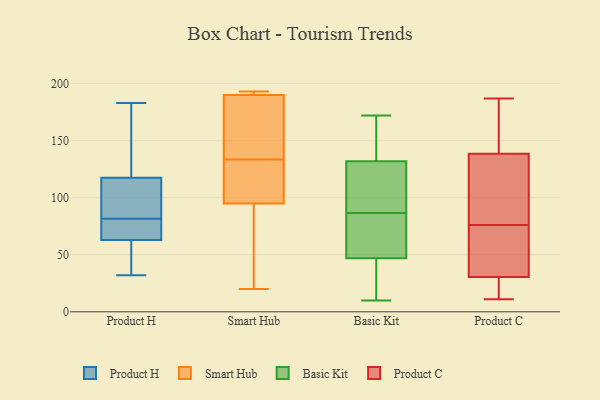
{"axis": {"x": "Active Users", "y": "Value"}, "legend": ["Basic Kit", "Product C", "Product H", "Smart Hub"], "data": [{"x": "", "y": 60, "type": "Product H"}, {"x": "", "y": 170, "type": "Product H"}, {"x": "", "y": 99, "type": "Product H"}, {"x": "", "y": 79, "type": "Product H"}, {"x": "", "y": 73, "type": "Product H"}, {"x": "", "y": 66, "type": "Product H"}, {"x": "", "y": 58, "type": "Product H"}, {"x": "", "y": 183, "type": "Product H"}, {"x": "", "y": 113, "type": "Product H"}, {"x": "", "y": 84, "type": "Product H"}, {"x": "", "y": 122, "type": "Product H"}, {"x": "", "y": 32, "type": "Product H"}, {"x": "", "y": 95, "type": "Smart Hub"}, {"x": "", "y": 126, "type": "Smart Hub"}, {"x": "", "y": 193, "type": "Smart Hub"}, {"x": "", "y": 193, "type": "Smart Hub"}, {"x": "", "y": 153, "type": "Smart Hub"}, {"x": "", "y": 190, "type": "Smart Hub"}, {"x": "", "y": 141, "type": "Smart Hub"}, {"x": "", "y": 20, "type": "Smart Hub"}, {"x": "", "y": 118, "type": "Smart Hub"}, {"x": "", "y": 159, "type": "Smart Hub"}, {"x": "", "y": 98, "type": "Smart Hub"}, {"x": "", "y": 191, "type": "Smart Hub"}, {"x": "", "y": 89, "type": "Smart Hub"}, {"x": "", "y": 89, "type": "Smart Hub"}, {"x": "", "y": 76, "type": "Basic Kit"}, {"x": "", "y": 81, "type": "Basic Kit"}, {"x": "", "y": 54, "type": "Basic Kit"}, {"x": "", "y": 26, "type": "Basic Kit"}, {"x": "", "y": 117, "type": "Basic Kit"}, {"x": "", "y": 10, "type": "Basic Kit"}, {"x": "", "y": 43, "type": "Basic Kit"}, {"x": "", "y": 92, "type": "Basic Kit"}, {"x": "", "y": 94, "type": "Basic Kit"}, {"x": "", "y": 132, "type": "Basic Kit"}, {"x": "", "y": 172, "type": "Basic Kit"}, {"x": "", "y": 158, "type": "Basic Kit"}, {"x": "", "y": 47, "type": "Basic Kit"}, {"x": "", "y": 143, "type": "Basic Kit"}, {"x": "", "y": 50, "type": "Product C"}, {"x": "", "y": 23, "type": "Product C"}, {"x": "", "y": 142, "type": "Product C"}, {"x": "", "y": 152, "type": "Product C"}, {"x": "", "y": 32, "type": "Product C"}, {"x": "", "y": 11, "type": "Product C"}, {"x": "", "y": 76, "type": "Product C"}, {"x": "", "y": 112, "type": "Product C"}, {"x": "", "y": 48, "type": "Product C"}, {"x": "", "y": 30, "type": "Product C"}, {"x": "", "y": 148, "type": "Product C"}, {"x": "", "y": 128, "type": "Product C"}, {"x": "", "y": 82, "type": "Product C"}, {"x": "", "y": 13, "type": "Product C"}, {"x": "", "y": 187, "type": "Product C"}]}